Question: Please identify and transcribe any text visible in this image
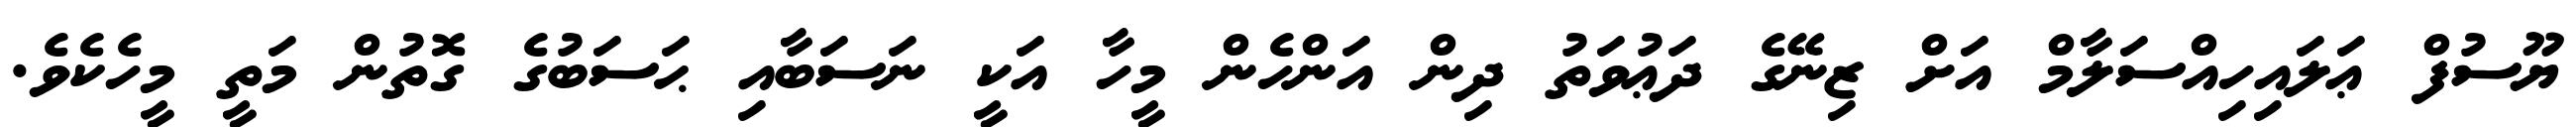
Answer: ޔޫސުފް ޢަލައިހިއްސަލާމް އަށް ޒިނޭގެ ދަޢުވަތު ދިން އަންހެން މީހާ އަކީ ނަސަބާއި ޙަސަބުގެ ގޮތުން މަތީ މީހެކެވެ.